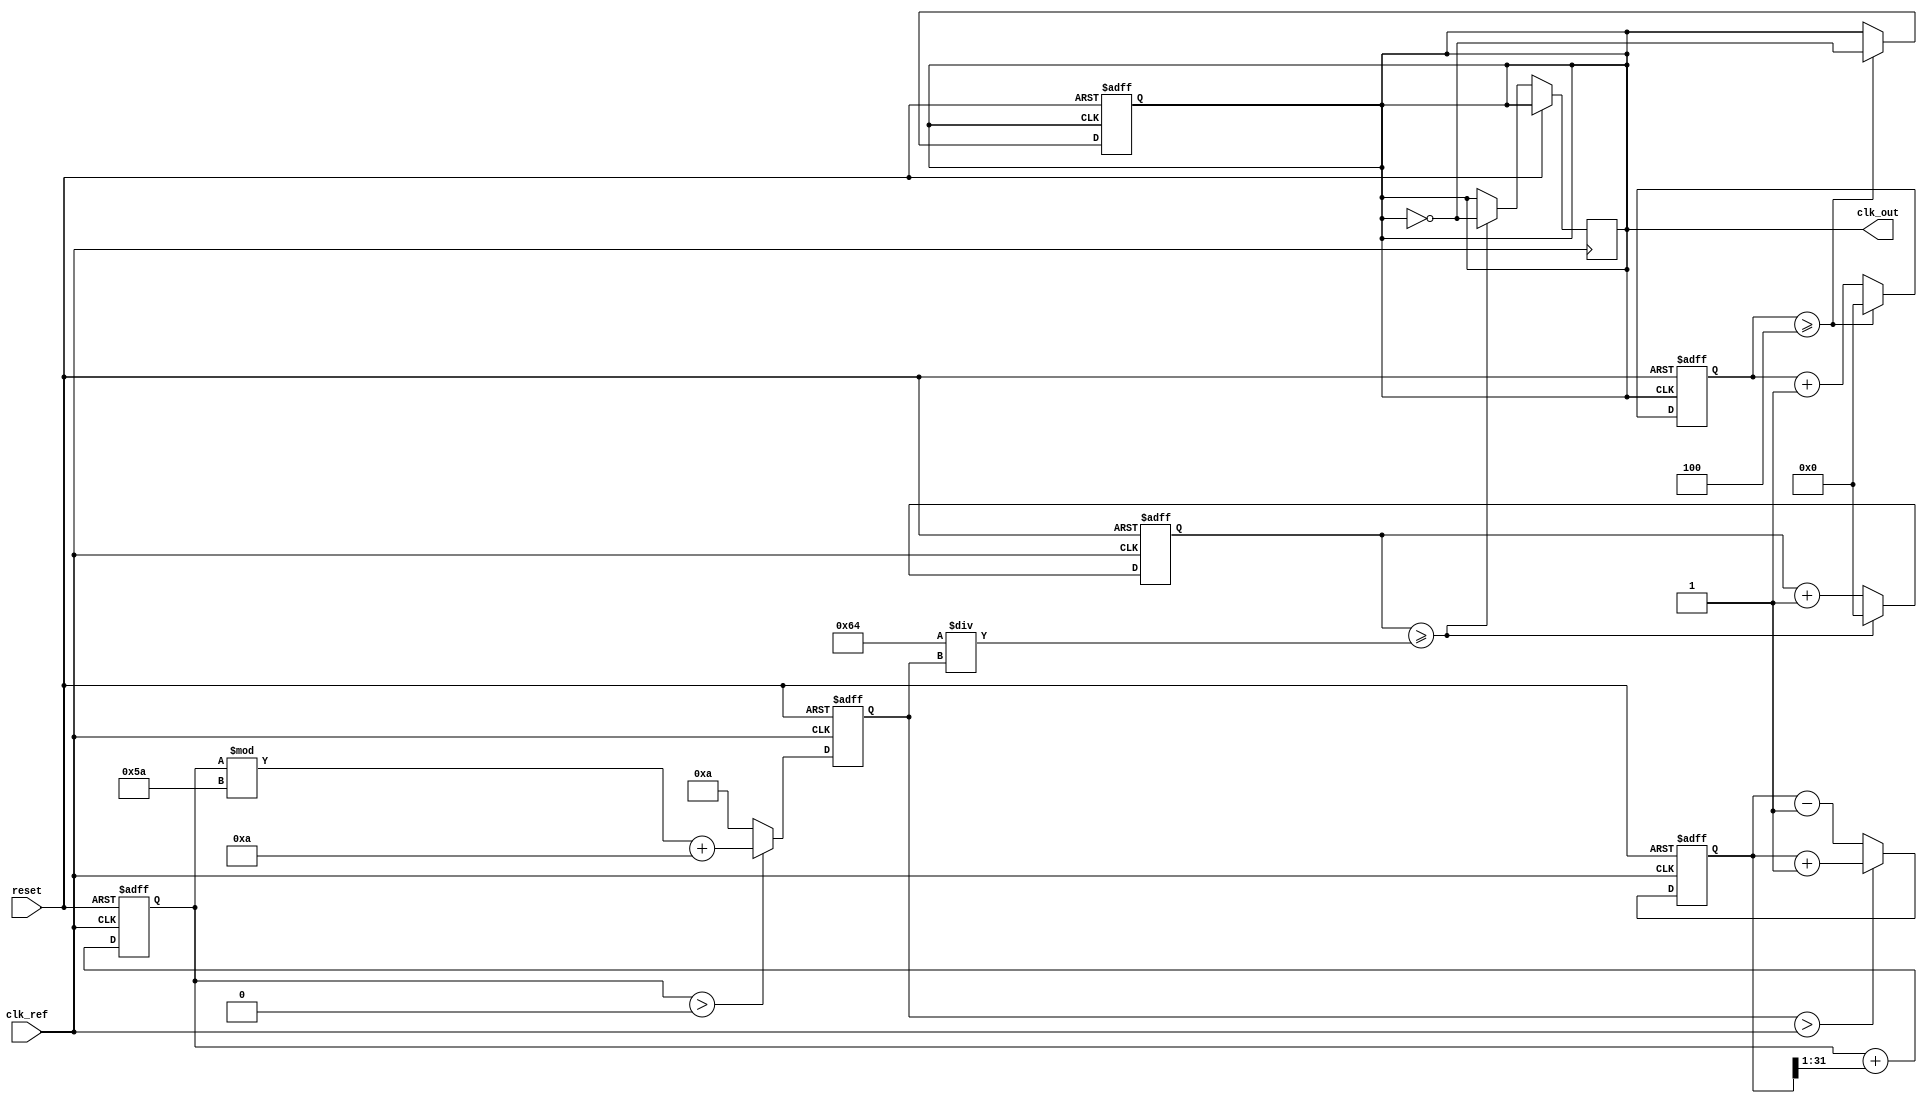
module PLL (
    input wire clk_ref,           // Reference clock input
    input wire reset,             // Reset signal
    output reg clk_out            // Output clock
);

// Parameters
parameter DIV_RATIO = 4;        // Frequency division ratio
parameter VCO_MAX_FREQ = 100;   // Maximum VCO frequency
parameter VCO_MIN_FREQ = 10;    // Minimum VCO frequency

// Internal signals
reg [31:0] phase_error;          // Phase error signal
reg [31:0] control_voltage;       // Control voltage for VCO
reg [31:0] vco_output;            // VCO output frequency
reg [31:0] vco_count;             // VCO counter for frequency generation
reg [31:0] divider_count;         // Divider counter
reg [31:0] loop_filter_output;    // Output of the loop filter

// Phase Detector (PD)
always @(posedge clk_ref or posedge reset) begin
    if (reset) begin
        phase_error <= 0;
    end else begin
        // Simple phase detection logic (leading/lagging)
        // This is a placeholder for a more complex phase detector
        if (vco_output > clk_ref) begin
            phase_error <= phase_error + 1; // Lagging
        end else begin
            phase_error <= phase_error - 1; // Leading
        end
    end
end

// Loop Filter (LF)
always @(posedge clk_ref or posedge reset) begin
    if (reset) begin
        loop_filter_output <= 0;
    end else begin
        // Simple first-order loop filter
        loop_filter_output <= loop_filter_output + (phase_error >> 1); // Proportional control
    end
end

// Voltage-Controlled Oscillator (VCO)
always @(posedge clk_ref or posedge reset) begin
    if (reset) begin
        vco_output <= VCO_MIN_FREQ;
        vco_count <= 0;
    end else begin
        // Adjust VCO output based on control voltage
        if (loop_filter_output > 0) begin
            vco_output <= (loop_filter_output % (VCO_MAX_FREQ - VCO_MIN_FREQ)) + VCO_MIN_FREQ;
        end else begin
            vco_output <= VCO_MIN_FREQ; // Minimum frequency
        end
        
        // Generate VCO clock output
        vco_count <= vco_count + 1;
        if (vco_count >= (100 / vco_output)) begin
            clk_out <= ~clk_out; // Toggle output clock
            vco_count <= 0;
        end
    end
end

// Frequency Divider
always @(posedge clk_out or posedge reset) begin
    if (reset) begin
        divider_count <= 0;
        clk_out <= 0;
    end else begin
        divider_count <= divider_count + 1;
        if (divider_count >= DIV_RATIO) begin
            clk_out <= ~clk_out; // Toggle output clock after division
            divider_count <= 0;
        end
    end
end

endmodule